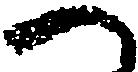
へ